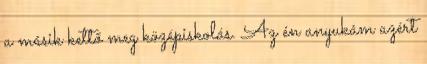
a másik kettő meg középiskolás. Az én anyukám azért